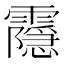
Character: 𬰔